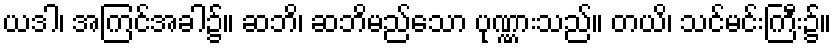
ယဒါ၊ အကြင်အခါ၌။ ဆဘိ၊ ဆဘိမည်သော ပုဏ္ဏားသည်။ တယိ၊ သင်မင်းကြီး၌။